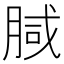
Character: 𭨺